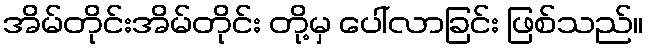
အိမ်တိုင်းအိမ်တိုင်း တို့မှ ပေါ်လာခြင်း ဖြစ်သည်။